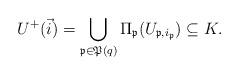
LaTeX: \begin{align*}U^+(\vec i) =\bigcup_{\frak p \in \frak P(q)} \Pi_{\frak p}(U_{\frak p,i_{\frak p}})\subseteq K.\end{align*}